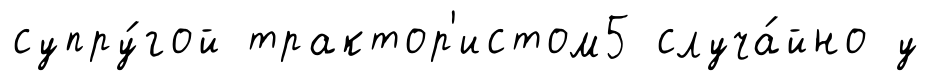
супру́гой трактор'истом5 случа́йно у